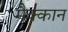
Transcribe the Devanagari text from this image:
मैक्कान